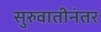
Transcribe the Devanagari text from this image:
सुरुवातीनंतर